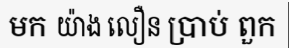
មក យ៉ាង លឿន ប្រាប់ ពួក